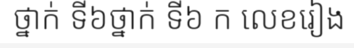
ថ្នាក់ ទី៦ថ្នាក់ ទី៦ ក លេខរៀង